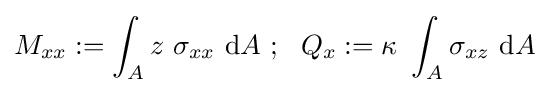
M_{xx}:=\int _{A}z~\sigma _{xx}~\mathrm {d} A~;~~Q_{x}:=\kappa ~\int _{A}\sigma _{xz}~\mathrm {d} A